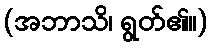
(အဘာသိ၊ ရွတ်၏။)